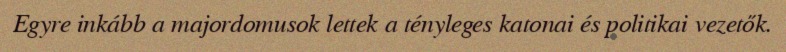
Egyre inkább a majordomusok lettek a tényleges katonai és politikai vezetők.